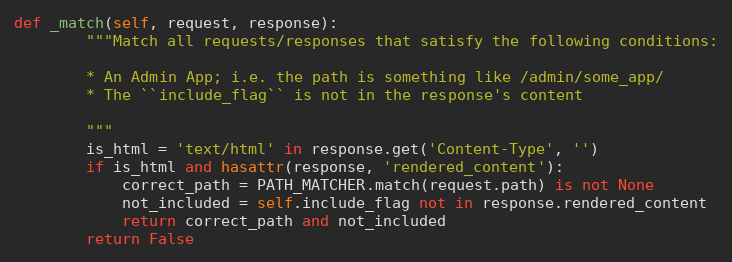
Language: Python
def _match(self, request, response):
        """Match all requests/responses that satisfy the following conditions:

        * An Admin App; i.e. the path is something like /admin/some_app/
        * The ``include_flag`` is not in the response's content

        """
        is_html = 'text/html' in response.get('Content-Type', '')
        if is_html and hasattr(response, 'rendered_content'):
            correct_path = PATH_MATCHER.match(request.path) is not None
            not_included = self.include_flag not in response.rendered_content
            return correct_path and not_included
        return False